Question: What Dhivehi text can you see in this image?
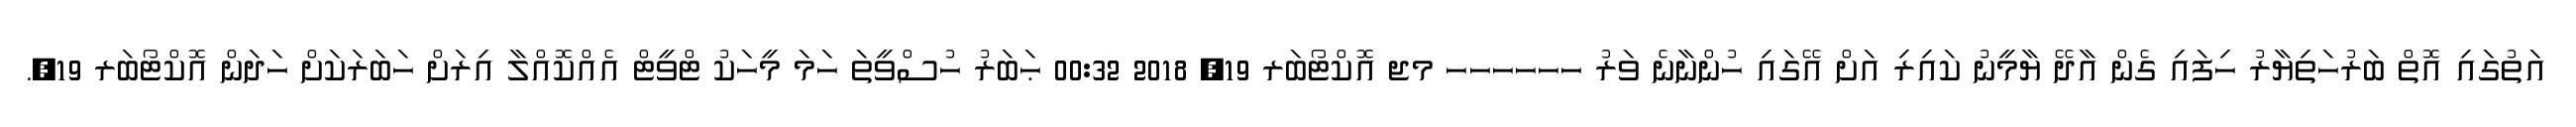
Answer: އަތުގައި އޮތް ބަރުހަތިޔާރު ހިފައި ގެން އާދޭ ޔާމީނު ކައިރި އަށް އޭގައި ހުންނާނެ ވަރު ހހހހހހ މޖ އޮކްޓޯބަރ 19, 2018 00:32 ޙަބަރު ހުސްވީތަ ހަމަ މީހަކު ޓްވީޓް އެއްކޮއްލާ އިރަށް ހަބަރަކަށް ހަދަން އޮކްޓޯބަރ 19,.